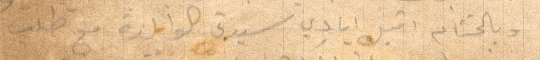
وبالختام اقبل ايادي سيدي الوالدة مع طلب